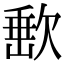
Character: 𣣮